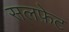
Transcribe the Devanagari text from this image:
सलफ़ेट